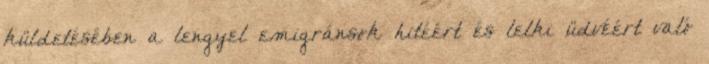
küldetésében a lengyel emigránsok hitéért és lelki üdvéért való